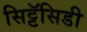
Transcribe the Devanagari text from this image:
सिट्टॅसिडी